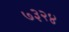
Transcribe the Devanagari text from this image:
७३२४